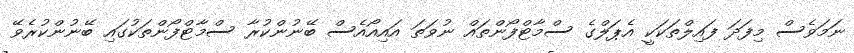
ނަމަވެސް މިފަދަ ފައިލްތަކަކީ އެޕަލްގެ ސްމާޓްފޯންތައް ނުވަތަ އައިއޯއެސް ބޭނުންކުރާ ސްމާޓްފޯންތަކުގައި ބޭނުންކުރެވޭ